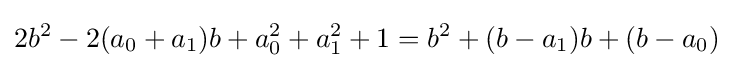
2b^{2}-2(a_{0}+a_{1})b+a_{0}^{2}+a_{1}^{2}+1=b^{2}+(b-a_{1})b+(b-a_{0})